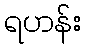
ရဟန်း